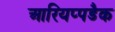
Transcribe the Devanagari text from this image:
आरियप्पडैक